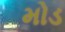
મોડ